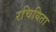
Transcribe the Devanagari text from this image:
रचियिता